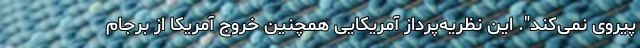
پیروی نمی‌کند". این نظریه‌پرداز آمریکایی همچنین خروج آمریکا از برجام